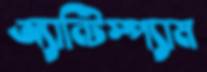
অ্যান্টিস্প্যাম